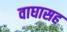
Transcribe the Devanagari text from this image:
वाघासह